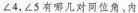
∠4，∠5有哪几对同位角、内